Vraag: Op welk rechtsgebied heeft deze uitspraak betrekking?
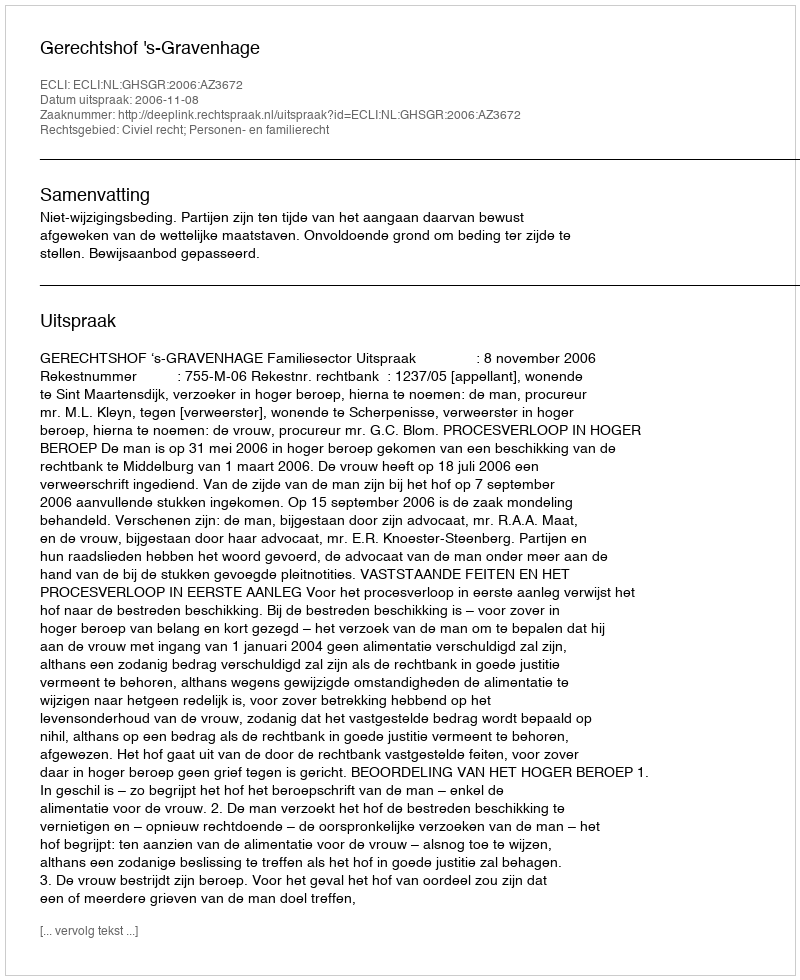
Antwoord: Civiel recht; Personen- en familierecht